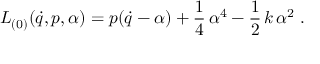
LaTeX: L _ { ( 0 ) } ( \dot { q } , p , \alpha ) = p ( \dot { q } - \alpha ) + \frac 1 4 \, \alpha ^ { 4 } - \frac 1 2 \, k \, \alpha ^ { 2 } \; .